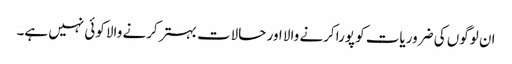
ان لوگوں کی ضروریات کو پورا کرنے والا اور حالات بہتر کرنے والا کوئی نہیں ہے۔